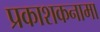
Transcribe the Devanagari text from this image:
प्रकाशकनामा